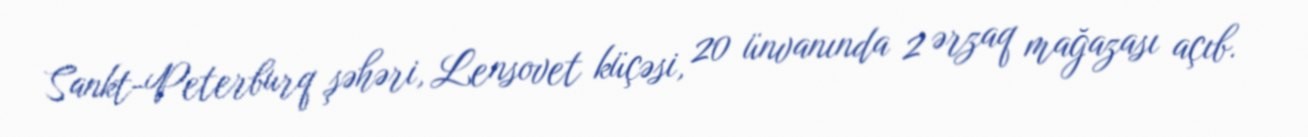
Sankt-Peterburq şəhəri, Lensovet küçəsi, 20 ünvanında 2 ərzaq mağazası açıb.